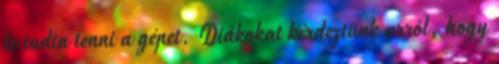
le tudta tenni a gépet. Diákokat kérdeztünk arról, hogy